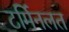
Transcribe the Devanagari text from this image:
टर्मिनलत